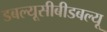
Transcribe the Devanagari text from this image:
डबल्यूसीबीडबल्यू